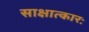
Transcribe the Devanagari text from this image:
साक्षात्कारः